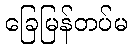
ခြေမြန်တပ်မ